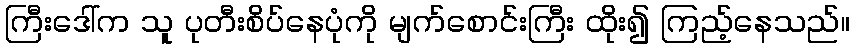
ကြီးဒေါ်က သူ ပုတီးစိပ်နေပုံကို မျက်စောင်းကြီး ထိုး၍ ကြည့်နေသည်။